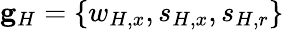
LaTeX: \mathbf{g}_{H}=\{ w_{H,x},s_{H,x},s_{H,r}\}